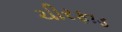
ચીરફાડ